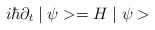
\begin{align*}i \hbar \partial _{t} \mid \psi >=H \mid \psi >\end{align*}